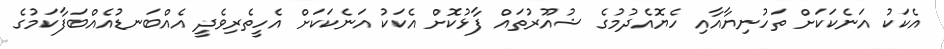
އެކަކު އަނެކަކަށް ތަހުނިޔާއާއި ހެޔޮއެދުމުގެ ޝުއޫރުތައް ފާޅުކޮށް އެކަކު އަނެކަކަށް އެހީތެރިވެދީ އެއްބަނޑުއެއްބަފާކަމުގެ